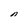
Character: n